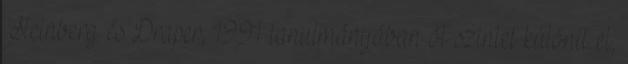
Steinberg és Draper, 1991 tanulmányában öt szintet különít el,